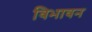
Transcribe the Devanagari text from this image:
विभावन